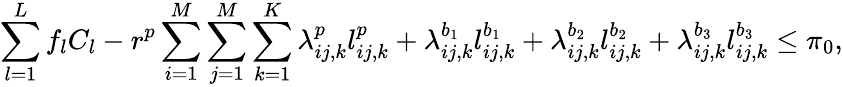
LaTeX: \sum_{l=1}^{L}f_{l}C_{l}-r^{p}\sum_{i=1}^{M}\sum_{j=1}^{M}\sum_{k=1}^{K}\lambda_{ij,k}^{p}l_{ij,k}^{p}+\lambda_{ij,k}^{b_{1}}l_{ij,k}^{b_{1}}+\lambda_{ij,k}^{b_{2}}l_{ij,k}^{b_{2}}+\lambda_{ij,k}^{b_{3}}l_{ij,k}^{b_{3}}\leq\pi_{0},